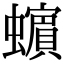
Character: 𧓍